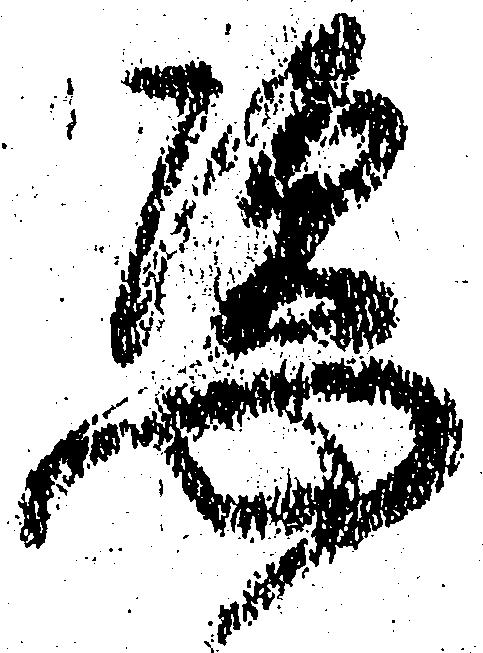
恣